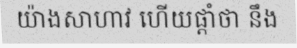
យ៉ាងសាហាវ ហើយផ្តាំថា នឹង